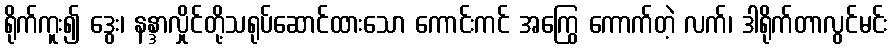
ရိုက်ကူး၍ ဒွေး၊ နန္ဒာလှိုင်တို့သရုပ်ဆောင်ထားသော ကောင်းကင် အကြွေ ကောက်တဲ့ လက်၊ ဒါရိုက်တာလွင်မင်း